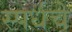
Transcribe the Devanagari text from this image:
स्पर्धचे